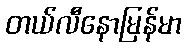
တယ်လီနောမြန်မာ